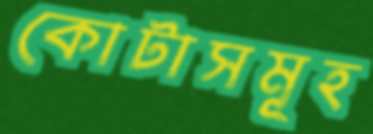
কোটাসমূহ